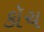
કૉચ